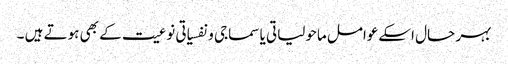
بہر حال اسکےعوامل ماحولیاتی یا سماجی و نفسیاتی نوعیت کے بھی ہوتے ہیں ۔